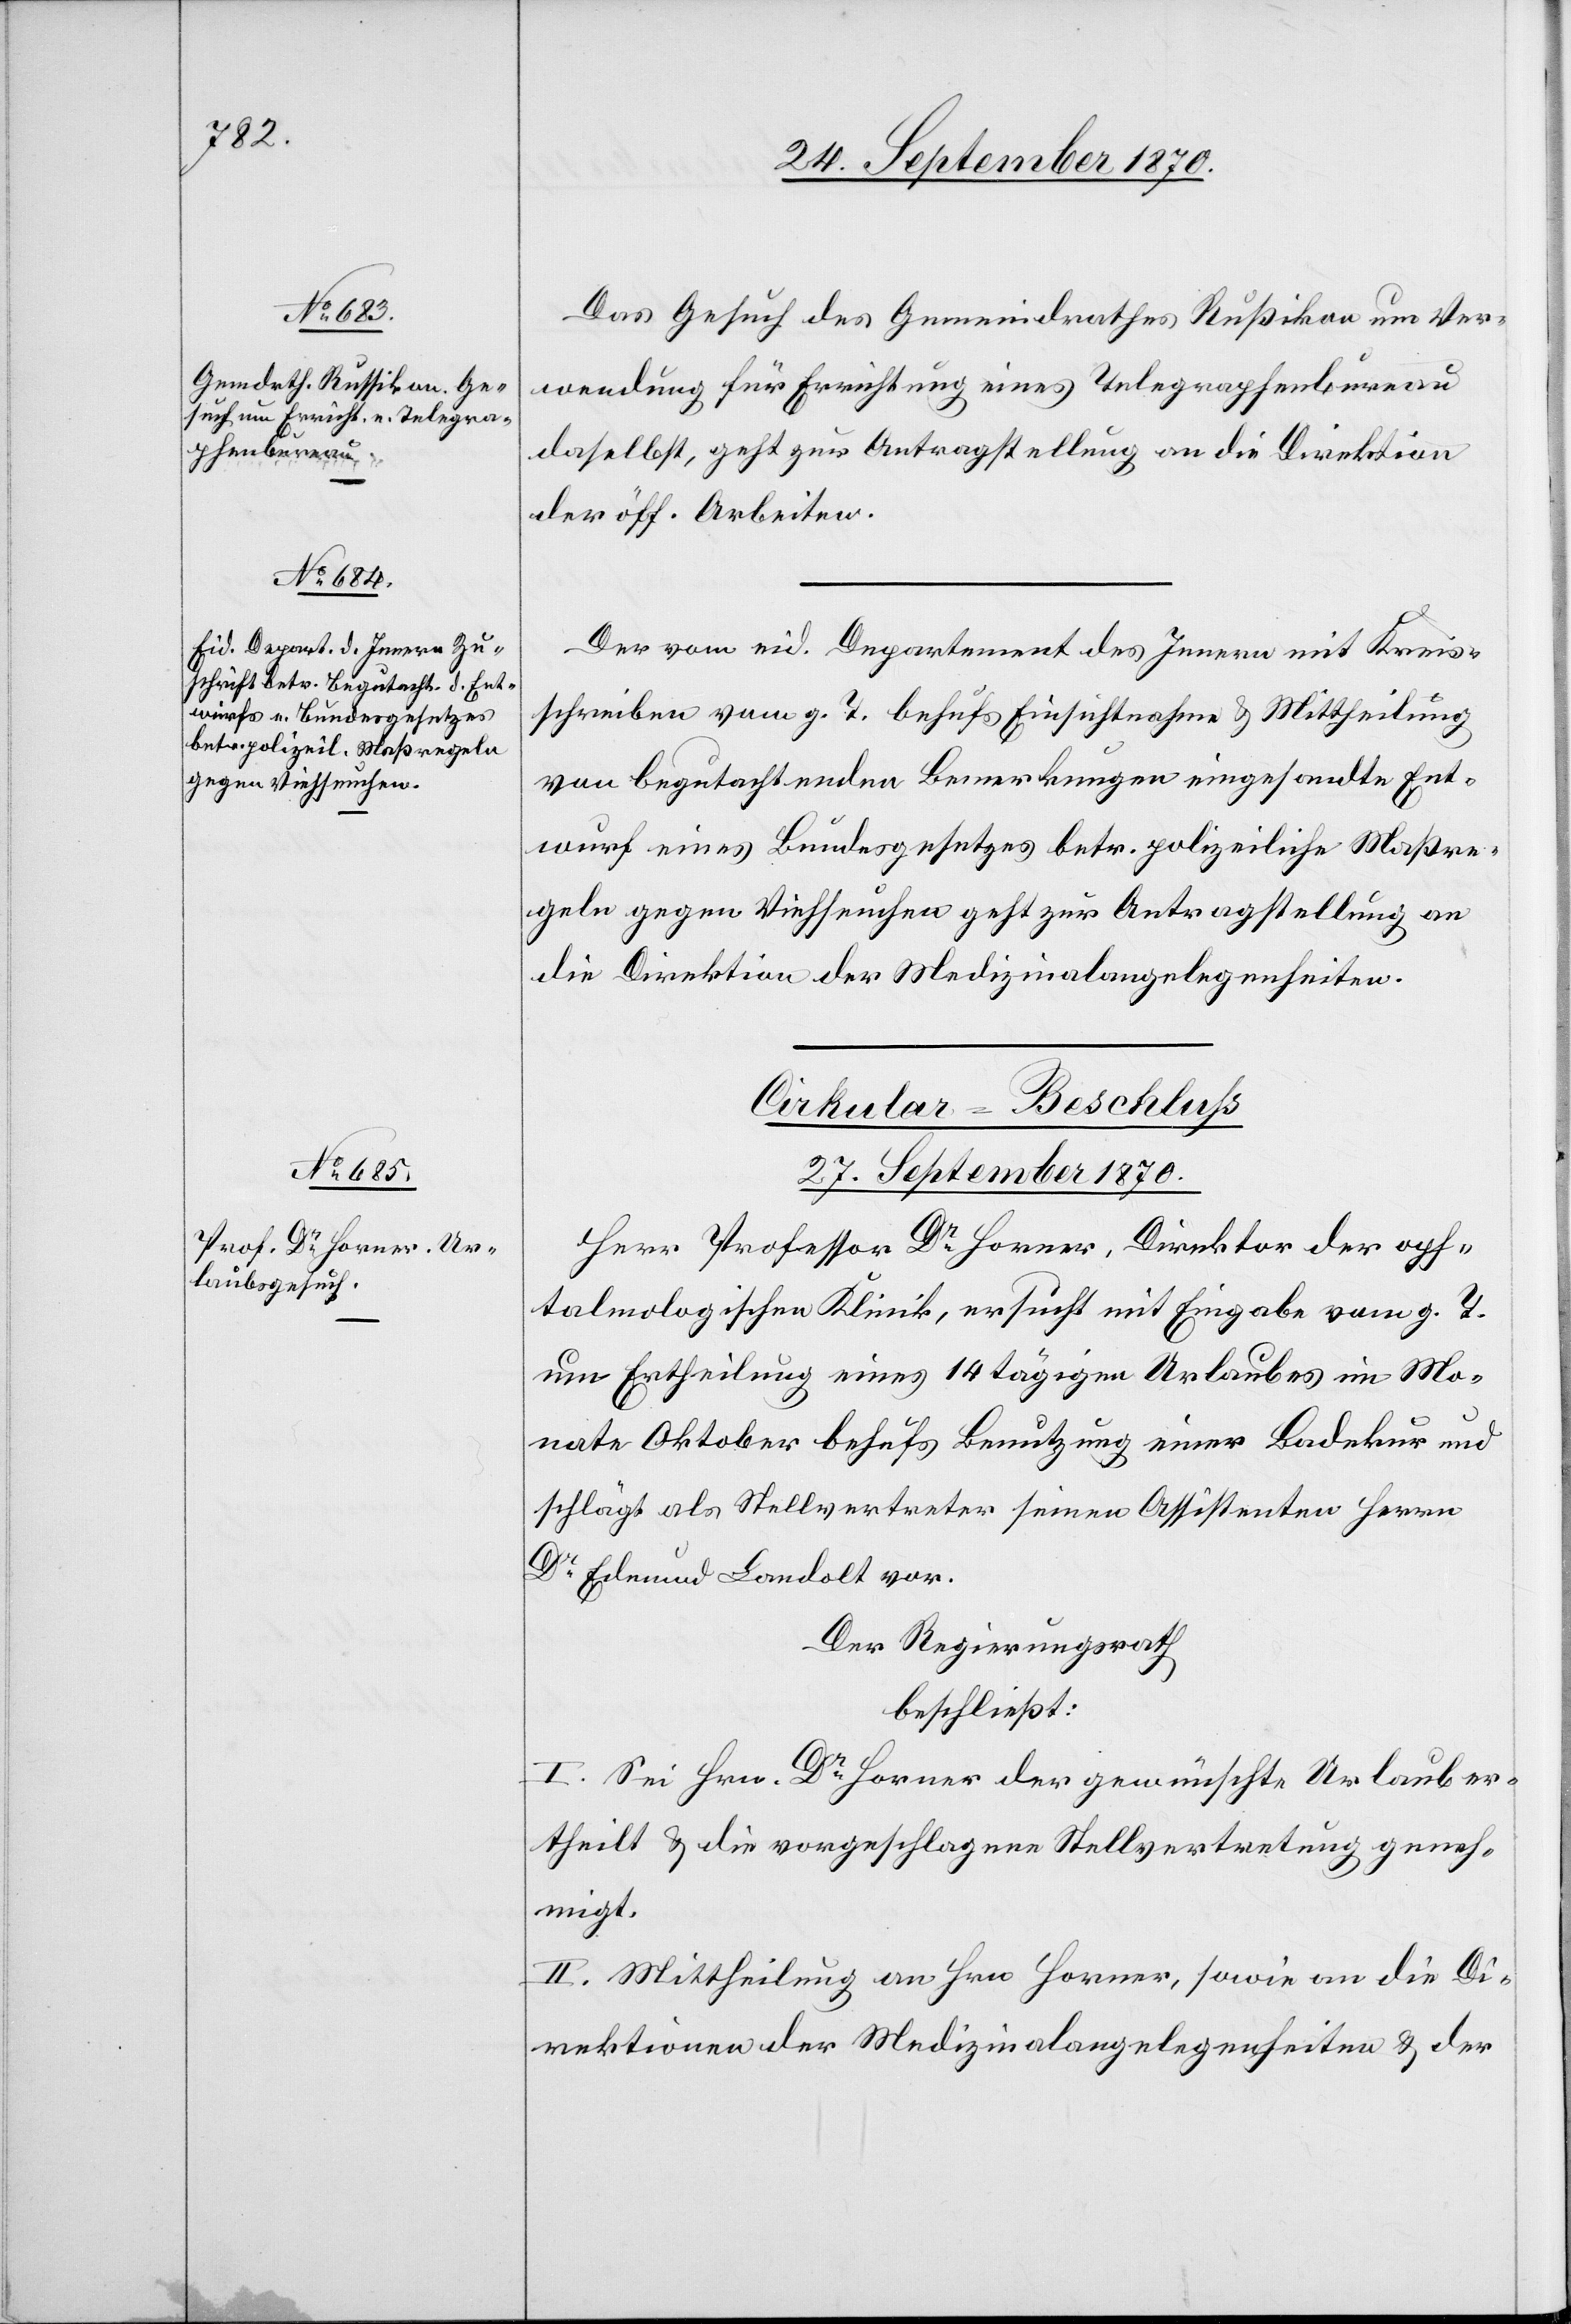
27. September 1870.]
Das Gesuch des Gemeindrathes Rußikon um Ver¬
wendung für Errichtung eines Telegraphenbureau
daselbst, geht zur Antragstellung an die Direktion
der öff. Arbeiten.
Der vom eid. Departement des Innern mit Kreis¬
schreiben vom g. T. behufs Einsichtnahme & Mittheilung
von begutachtenden Bemerkungen eingesandte Ent¬
wurf eines Bundesgesetzes betr. polizeiliche Maßre¬
geln gegen Viehseuchen geht zur Antragstellung an
die Direktion der Medizinalangelegenheiten.
Cirkular-Beschluss
27. September 1870.
Herr Professor Dr Horner, Direktor der oph¬
talmologischen Klinik, ersucht mit Eingabe vom g. T.
um Ertheilung eines 14tägigen Urlaubes im Mo¬
nate Oktober behufs Benutzung einer Badekur und
schlägt als Stellvertreter seinen Assistenten Herrn
Dr Edmund Landolt vor.
Der Regierungsrath
beschließt:
I. Sie Hrn. Dr Horner der gewünschte Urlaub er¬
theilt & die vorgeschlagene Stellvertretung geneh¬
migt.
II. Mittheilung an Hrn. Horner, sowie an die Di¬
rektionen der Medizinalangelegenheiten & der